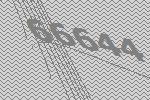
66644